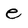
Character: e